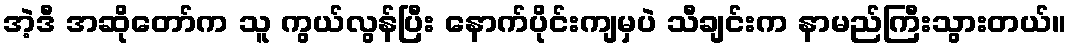
အဲ့ဒီ အဆိုတော်က သူ ကွယ်လွန်ပြီး နောက်ပိုင်းကျမှပဲ သီချင်းက နာမည်ကြီးသွားတယ်။